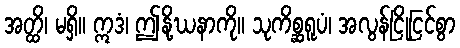
အတ္ထိ၊ မရှိ။ ဣဒံ၊ ဤနို့ဃနာကို။ သုကိစ္ဆရူပံ၊ အလွန်ငြိုငြင်စွာ